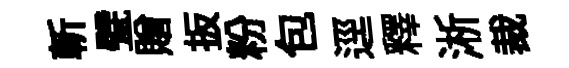
斬甓贈扳粉包逕釋淅裁